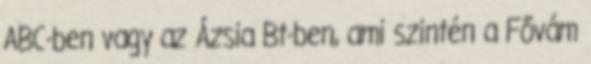
ABC-ben vagy az Ázsia Bt-ben, ami szintén a Fővám